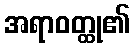
အရာဝတ္ထု၏